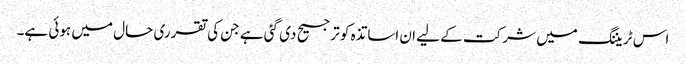
اس ٹریننگ میں شرکت کے لیے ان اساتذہ کو ترجیح دی گئی ہے جن کی تقرری حال میں ہوئی ہے۔